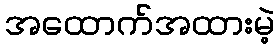
အထောက်အထားမဲ့